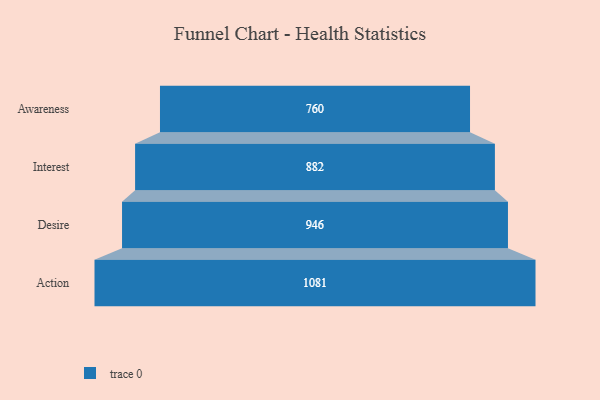
{"axis": {"x": "Stage", "y": "Value"}, "legend": [""], "data": [{"x": "Awareness", "y": 760.0, "type": ""}, {"x": "Interest", "y": 882.0, "type": ""}, {"x": "Desire", "y": 946.0, "type": ""}, {"x": "Action", "y": 1081.0, "type": ""}]}